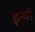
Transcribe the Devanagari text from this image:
इन्यो